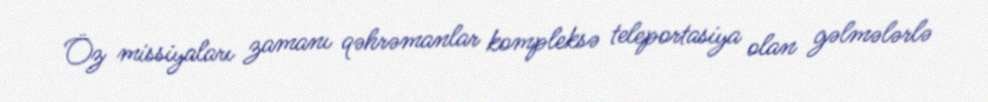
Öz missiyaları zamanı qəhrəmanlar kompleksə teleportasiya olan gəlmələrlə